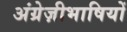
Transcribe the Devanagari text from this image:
अंग्रेज़ीभाषियों